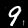
Digit: 9